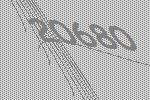
20680